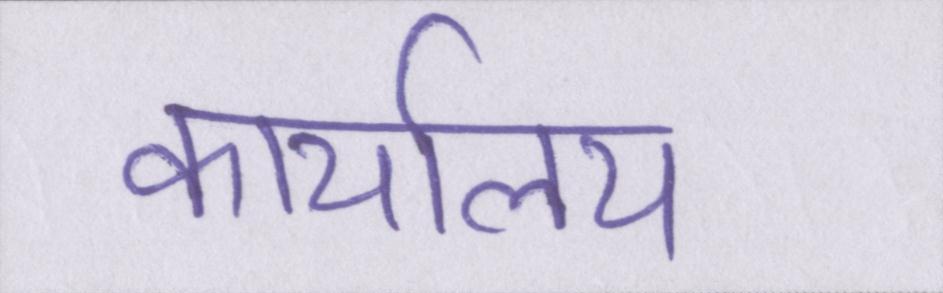
कार्यालय